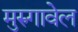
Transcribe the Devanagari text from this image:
मुरुगावेल